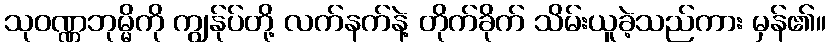
သုဝဏ္ဏဘုမ္မိကို ကျွန်ုပ်တို့ လက်နက်နဲ့ တိုက်ခိုက် သိမ်းယူခဲ့သည်ကား မှန်၏။